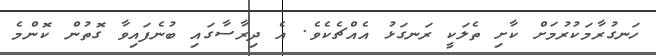
ހަނގުރާމަކުރުމަށް ކާށި ތެލަކީ ރަނގަޅު އެއްޗެކެވެ. އެ ދިރާސާގައި ބުނެފައިވާ ގޮތުން ކޮންމެ